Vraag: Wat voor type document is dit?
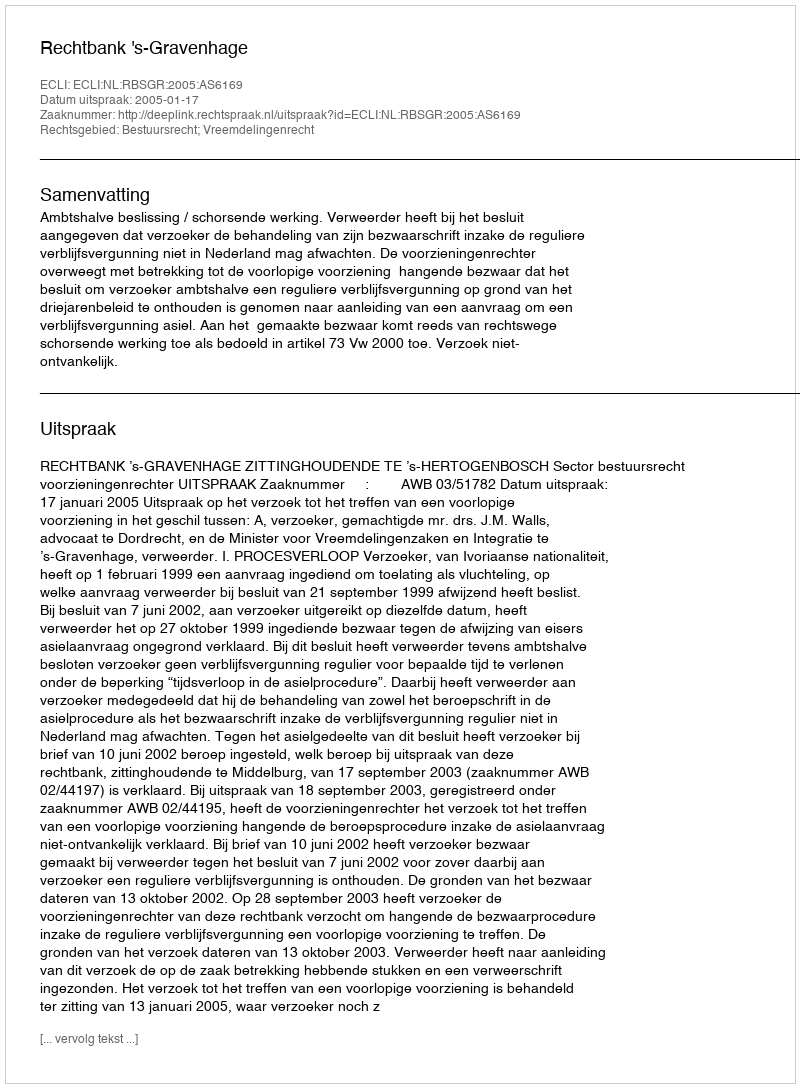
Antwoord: Uitspraak